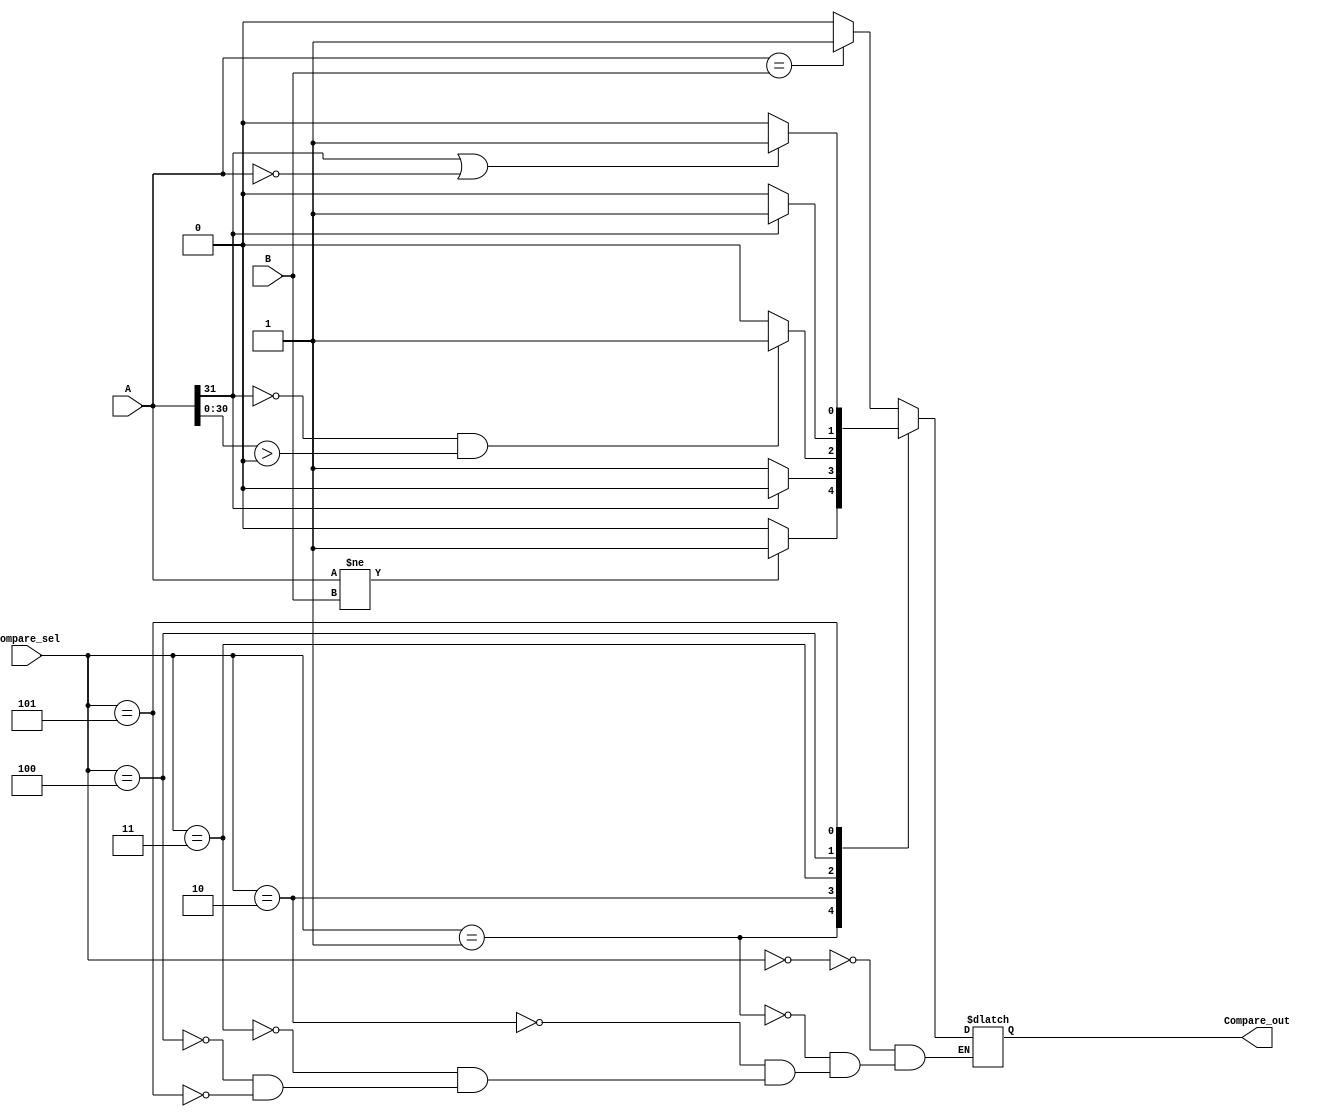
`timescale 1ns / 1ps
//////////////////////////////////////////////////////////////////////////////////
// Company: 
// Engineer: 
// 
// Design Name: 
// Module Name:    CMP 
// Project Name: 
// Target Devices: 
// Tool versions: 
// Description: 
//
// Dependencies: 
//
// Revision: 
// Revision 0.01 - File Created
// Additional Comments: 
//
//////////////////////////////////////////////////////////////////////////////////
module CMP(
    input [31:0] A,
    input [31:0] B,
    input [2:0]Compare_sel,
    output reg Compare_out
    );
	
	always @(*)begin
		case(Compare_sel)
			3'b000:Compare_out = (A == B)?1:0;//beq
			3'b001:Compare_out = (A != B)?1:0;//bne
			3'b010:Compare_out = (A[31] == 0)?1:0;//bgezal,
			3'b011:Compare_out = ((A[31] == 0)&&(A[30:0]>0))?1:0;//bgtz,
			3'b100:Compare_out = (A[31] == 1)?1:0;//bltz,
			3'b101:Compare_out = ((A[31] == 1)||(A == 0))?1:0;//blez,
		endcase
	end

endmodule